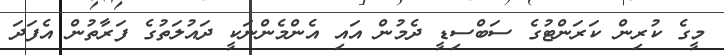
މީގެ ކުރިން ކަރަންޓުގެ ސަބްސިޑީ ދެމުން އައި އެންމެންނަކީ ދައުލަތުގެ ފަރާތުން އެފަދަ